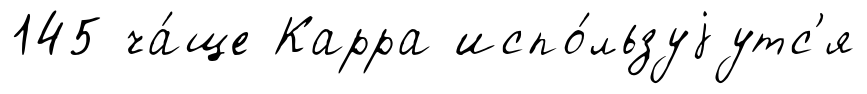
145 ча́ще Карра испо́льзуjутс'я